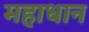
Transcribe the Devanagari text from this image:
महाधान